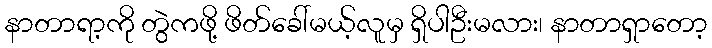
နာတာရာ့ကို တွဲကဖို့ ဖိတ်ခေါ်မယ့်လူမှ ရှိပါဦးမလား၊ နာတာရှာတော့